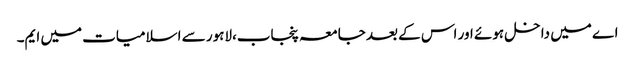
اے میں داخل ہوئے اور اس کے بعد جامعہ پنجاب،لاہور سے اسلامیات میں ایم۔